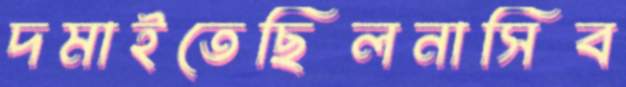
দমাইতেছিলনাসিব